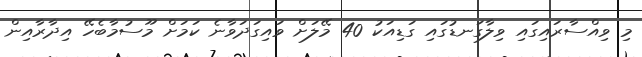
މި ވިއްސާރައިގައި ވިލާގަނޑުގައި ގަޑިއަކު 40 މޭލަށް ވައިގަދަވާނެ ކަަމަށް މޫސުމާބެހޭ އިދާރާއިން